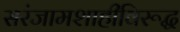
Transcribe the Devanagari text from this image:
सरंजामशाहीविरूद्ध